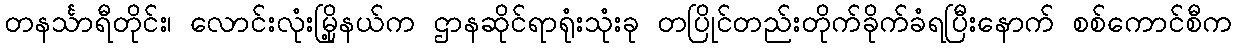
တနင်္သာရီတိုင်း၊ လောင်းလုံးမြို့နယ်က ဌာနဆိုင်ရာရုံးသုံးခု တပြိုင်တည်းတိုက်ခိုက်ခံရပြီးနောက် စစ်ကောင်စီက